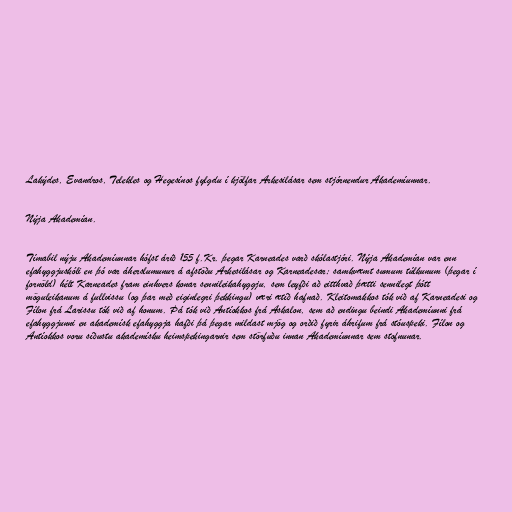
Lakýdes, Evandros, Telekles og Hegesínos fylgdu í kjölfar Arkesilásar sem stjórnendur Akademíunnar.

Nýja Akademían.

Tímabil nýju Akademíunnar hófst árið 155 f.Kr. þegar Karneades varð skólastjóri. Nýja Akademían var enn
efahyggjuskóli en þó var áherslumunur á afstöðu Arkesilásar og Karneadesar; samkvæmt sumum túlkunum (þegar í
fornöld) hélt Karneades fram einhvers konar sennileikahyggju, sem leyfði að eitthvað þætti sennilegt þótt
möguleikanum á fullvissu (og þar með eiginlegri þekkingu) væri ætíð hafnað. Kleitomakkos tók við af Karneadesi og
Fílon frá Larissu tók við af honum. Þá tók við Antíokkos frá Askalon, sem að endingu beindi Akademíunni frá
efahyggjunni en akademísk efahyggja hafði þá þegar mildast mjög og orðið fyrir áhrifum frá stóuspeki. Fílon og
Antíokkos voru síðustu akademísku heimspekingarnir sem störfuðu innan Akademíunnar sem stofnunar.